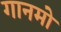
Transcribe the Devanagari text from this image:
गानमो